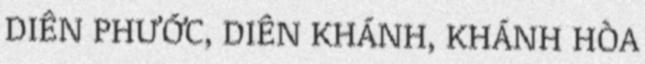
DIÊN PHƯỚC, DIÊN KHÁNH, KHÁNH HÒA